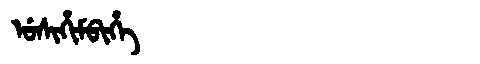
Manchu: ᡠᠰᡳᡥᡳᠮᠪᡳᡥᡝ
Romanization: USIHIMBIHE